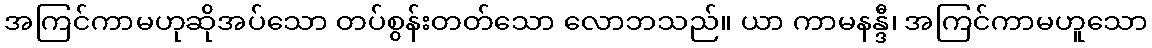
အကြင်ကာမဟုဆိုအပ်သော တပ်စွန်းတတ်သော လောဘသည်။ ယာ ကာမနန္ဒီ၊ အကြင်ကာမဟူသော